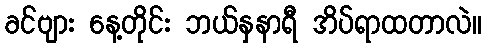
ခင်ဗျား နေ့တိုင်း ဘယ်နှနာရီ အိပ်ရာထတာလဲ။